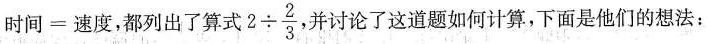
时间=速度，都列出了算式$$2 \div \frac { 2 } { 3 }$$，并讨论了这道题如何计算，下面是他们的想法：